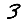
Digit: 3